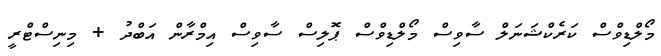
މޯލްޑިވްސް ކަރެކްޝަނަލް ސާވިސް މޯލްޑިވްސް ޕޮލިސް ސާވިސް އިމްރާން އަބްދު + މިނިސްޓްރީ